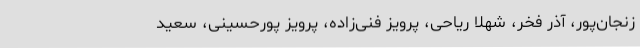
زنجان‌پور، آذر فخر، شهلا ریاحی، پرویز فنی‌زاده، پرویز پورحسینی، سعید